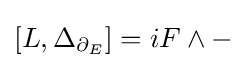
[L,\Delta _{\partial _{E}}]=iF\wedge -